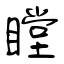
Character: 瞠